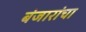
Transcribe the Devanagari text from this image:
बंजारांचा